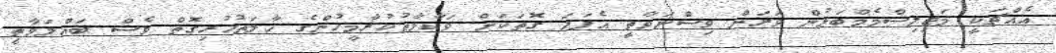
އެއްޗަކީީ މަޖިލިސްމެމްބަޅުންް ވަރަށްް ވިސްނަވާތިީ އެފަދަަ ގޮތަކަށްް ވަކާލާތުކުރާމީހުންގެެ ހާލަތުހުރިގޮތްް ވެސްް ބައްލަވާތިީ